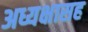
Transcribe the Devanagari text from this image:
अध्यक्षासह